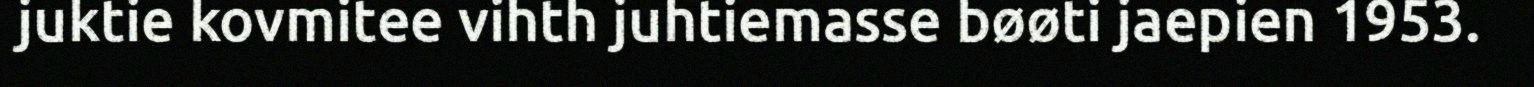
juktie kovmitee vihth juhtiemasse bøøti jaepien 1953.